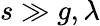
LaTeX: s\gg g,\lambda